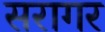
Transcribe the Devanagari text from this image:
सरागर